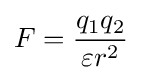
F={\frac {q_{1}q_{2}}{\varepsilon r^{2}}}